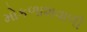
મોકળાશવાળી